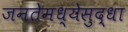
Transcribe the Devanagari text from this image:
जनतेमध्येसुद्धा